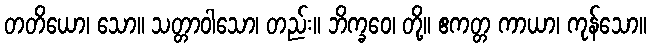
တတိယော၊ သော။ သတ္တာဝါသော၊ တည်း။ ဘိက္ခဝေ၊ တို့။ ဧကတ္တ ကာယာ၊ ကုန်သော။